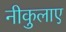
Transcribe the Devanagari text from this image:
नीकुलाए